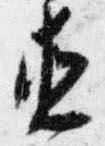
直